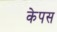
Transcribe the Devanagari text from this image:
केपस